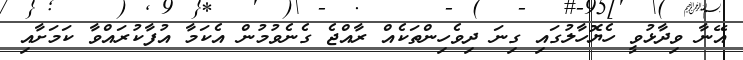
އޭނާ ވިދާޅުވީ ހެޔޮހާލުގައި ގިނަ ދިވެހިންތަކެއް ރާއްޖެ ގެނެވުމުން އެކަމާ އުފާކުރައްވާ ކަމަށާއި